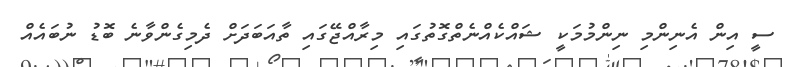
ސީ އިން އެނިންމި ނިންމުމަކީ ޝައްކެއްނެތްގޮތުގައި މިރާއްޖޭގައި ތާއަބަދަށް ދެމިގެންވާނެ ބޮޑު ނުބައެއް